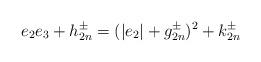
LaTeX: \begin{align*}e_2 e_3+h_{2n}^\pm= (|e_2|+g_{2n}^\pm)^2+k^\pm_{2n}\end{align*}